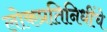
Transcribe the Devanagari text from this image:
लोकप्रतिनिधींचे